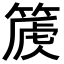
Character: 𥰽